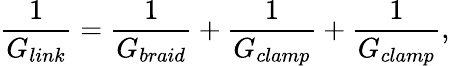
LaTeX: \frac{1}{G_{link}}=\frac{1}{G_{braid}}+\frac{1}{G_{clamp}}+\frac{1}{G_{clamp}},